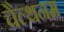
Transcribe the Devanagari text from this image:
चैल्थनम